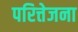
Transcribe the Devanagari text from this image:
परित्तेजना